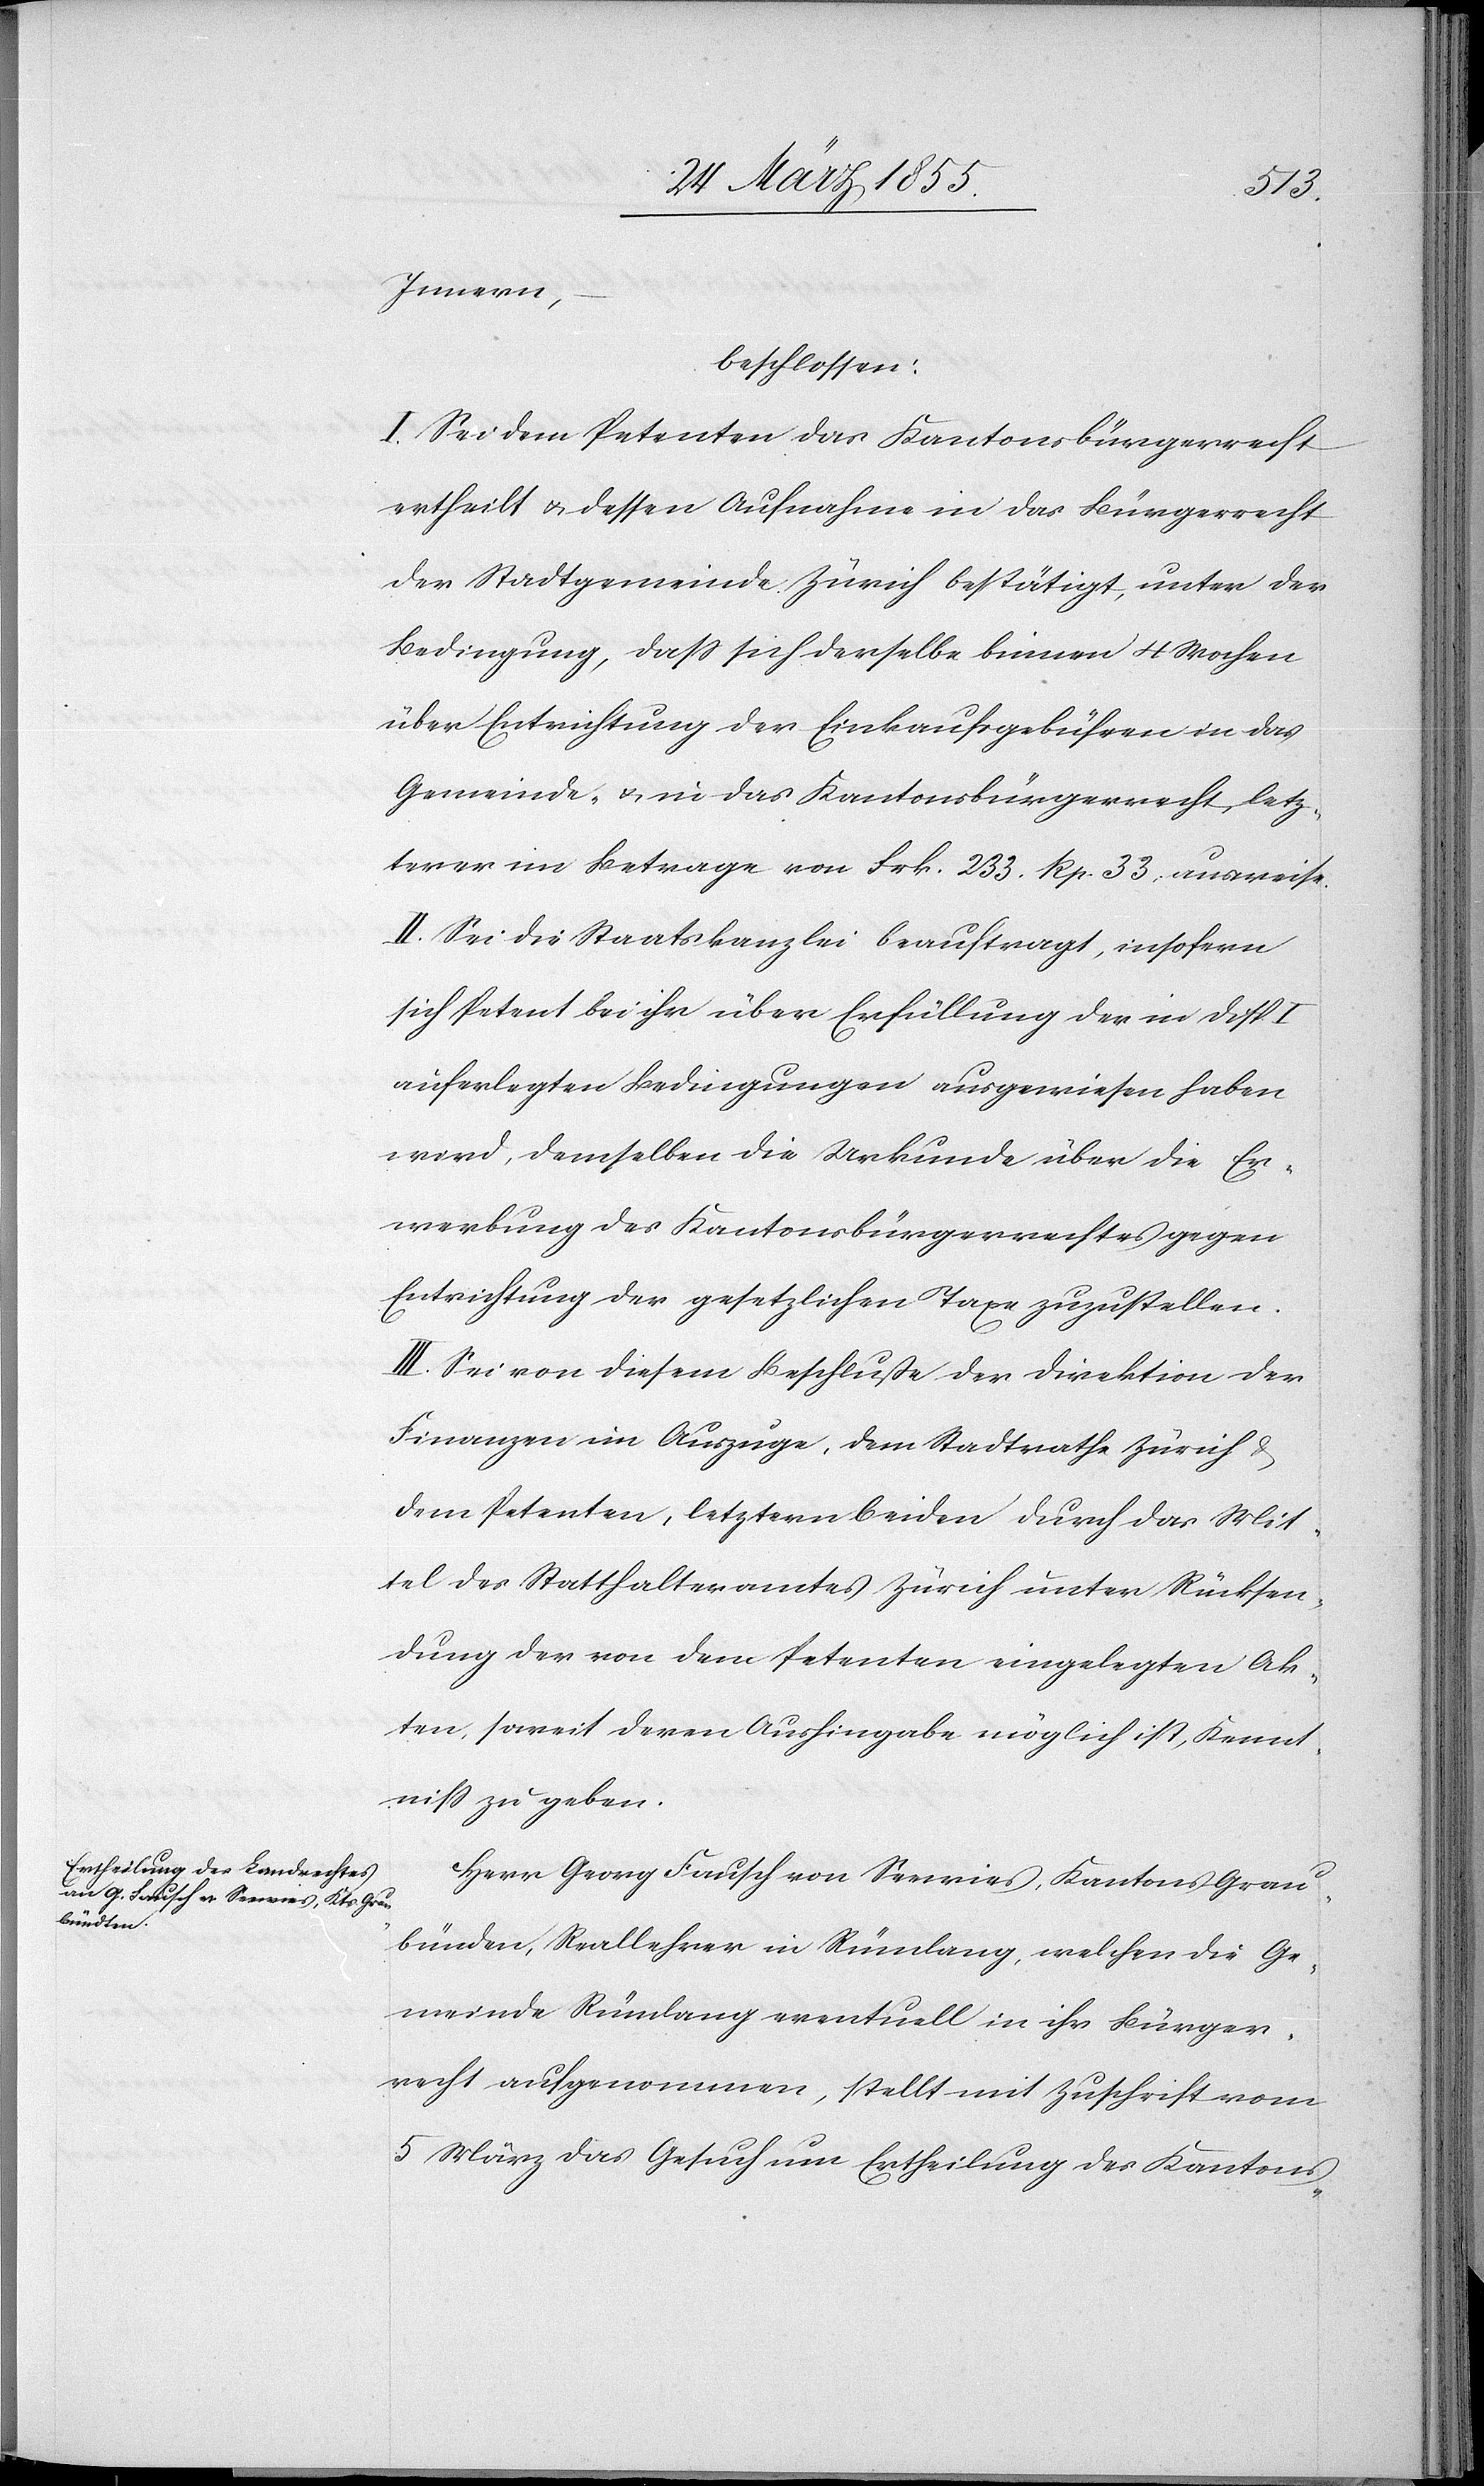
Innern,
beschlossen:
I. Sei dem Petenten das Kantonsbürgerrecht
ertheilt & dessen Aufnahme in das Bürgerrecht
der Stadtgemeinde Zürich bestätigt, unter der
Bedingung, dass sich derselbe binnen 4 Wochen
über Entrichtung der Einkaufsgebühren in das
Gemeinde- & in das Kantonsbürgerrecht, letz¬
terer im Betrage von Frk. 233. Rp. 33. ausweise.
II. Sei die Staatskanzlei beauftragt, insofern
sich Petent bei ihr über Erfüllung der in Disp. I
auferlegten Bedingungen ausgewiesen haben
wird, demselben die Urkunde über die Er¬
werbung des Kantonsbürgerrechtes gegen
Entrichtung der gesetzlichen Taxe zuzustellen.
III. Sei von diesem Beschluße der Direktion der
Finanzen im Auszuge, dem Stadtrathe Zürich &
dem Petenten, letztern beiden durch das Mit¬
tel des Statthalteramtes Zürich unter Rücksen¬
dung der von dem Petenten eingelegten Ak¬
ten, soweit deren Aushingabe möglich ist, Kennt¬
niss zu geben.
Herr Georg Fausch von Seewies, Kantons Grau¬
bünden, Reallehrer in Rümlang, welchen die Ge¬
meinde Rümlang eventuell in ihr Bürger¬
recht aufgenommen, stellt mit Zuschrift vom
5 März das Gesuch um Ertheilung des Kantons-